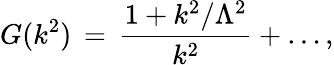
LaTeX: G(k^{2})\, =\, \frac{1+k^{2}/\Lambda^{2}}{k^{2}}+\dots,